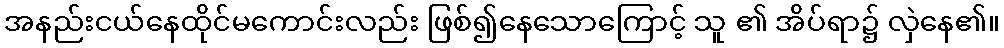
အနည်းငယ်နေထိုင်မကောင်းလည်း ဖြစ်၍နေသောကြောင့် သူ ၏ အိပ်ရာ၌ လှဲနေ၏။